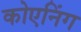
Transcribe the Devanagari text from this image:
कोएनिंग